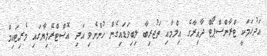
އަދުހަމަކީ ޓްރާންސްޕޯޓް ދާއިރާގެ އިލްމާއި ތަޖުރިބާ ލިބިވަޑައިގެން ހުންނެވި އަދި އޮސްޓްރޭލިޔާގައި މެރިޓައިމް